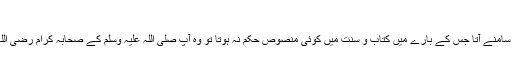
ابن قیم اپنی تصنیف ’’ اعلام الموقعین ‘‘ میں لکھتے ہیں:
’’ خلافت فاروقی میں جب بھی کوئی نیا حل طلب مسئلہ سامنے آتا جس کے بارے میں کتاب و سنت میں کوئی منصوص حکم نہ ہوتا تو وہ آپ صلی اللہ علیہ وسلم کے صحابہ کرام رضی اللہ عنہ کو جمع کرتے اور ان سے مشاورت کرتے تھے۔